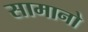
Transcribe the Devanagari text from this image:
सामानो